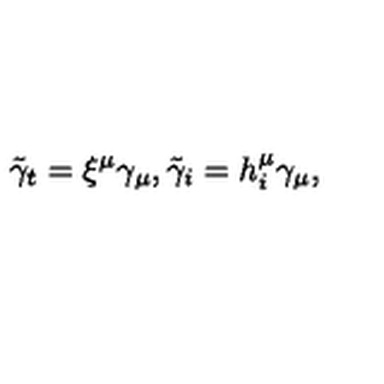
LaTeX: \tilde { \gamma } _ { t } = \xi ^ { \mu } \gamma _ { \mu } , \tilde { \gamma } _ { i } = h _ { i } ^ { \mu } \gamma _ { \mu } ,